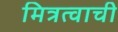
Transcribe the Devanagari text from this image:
मित्रत्वाची